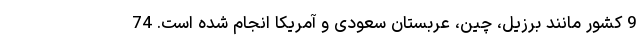
9 کشور مانند برزیل، چین، عربستان سعودی و آمریکا انجام شده است. 74